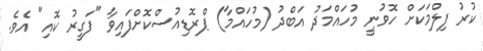
ކުރު ފިލްމަކަށް ހޮވުނީ މުހައްމަދު އަބްދު (މުހައްމާ) ޕްރޮޑިއުސްކޮށްފައިވާ "ފަގީރު ކޮއި" އެވެ.